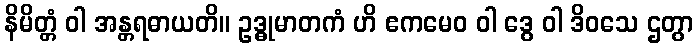
နိမိတ္တံ ဝါ အန္တရဓာယတိ။ ဥဒ္ဓုမာတကံ ဟိ ဧကမေဝ ဝါ ဒွေ ဝါ ဒိဝသေ ဌတွာ